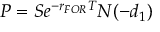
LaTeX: P = S e ^ { - r _ { F O R } T } N ( - d _ { 1 } )